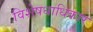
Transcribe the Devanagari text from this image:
विशेषधाधिकार